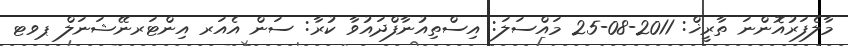
މާލެފަރުއޮންނަ ތާރީޚް: 2011-08-25 މައްސަލަ: އިސްތިއުނާފްދައުވާ ކުރާ: ސަން އެއަރ އިންޓަރނޭޝަނަލް ޕވޓ